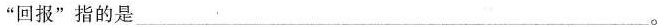
”回报”指的是___。